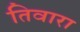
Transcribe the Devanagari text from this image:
तिवारा